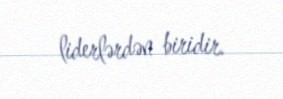
liderlərdən biridir.